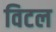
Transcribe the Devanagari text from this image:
विटल